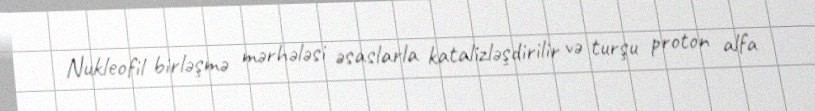
Nukleofil birləşmə mərhələsi əsaslarla katalizləşdirilir və turşu proton alfa